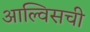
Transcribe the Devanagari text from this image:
आल्विसची